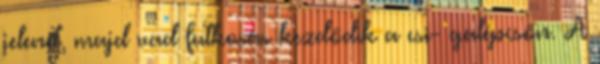
jelenet, majd vad futkosás kezdődik a csi- galépcsőn. A